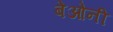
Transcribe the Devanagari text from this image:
बेओनी